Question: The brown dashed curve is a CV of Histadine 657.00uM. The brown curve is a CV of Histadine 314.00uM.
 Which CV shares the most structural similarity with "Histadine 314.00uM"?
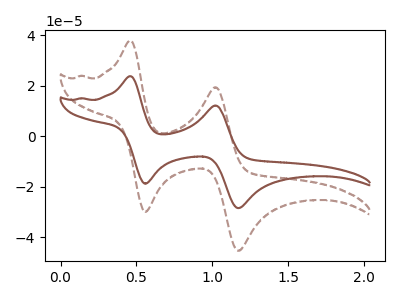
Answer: <think>The brown dashed curve "Histadine 657.00uM" has anodic peaks at (0.45V, 37.75uA) (1.00V, 19.35uA) and cathodic peaks at (0.55V, -29.95uA) (1.15V, -45.35uA). The brown curve "Histadine 314.00uM" has anodic peaks at (0.45V, 23.70uA) (1.00V, 12.15uA) and cathodic peaks at (0.55V, -18.80uA) (1.15V, -28.45uA).
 All the peaks in "Histadine 657.00uM" have a peak in "Histadine 314.00uM" at the same potential. Every peak in "Histadine 657.00uM" is higher than every peak in "Histadine 314.00uM".</think>
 <answer>The CV with the most similar shape to "Histadine 657.00uM" is "Histadine 314.00uM".</answer>
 <eval>"Histadine 314.00uM"</eval>